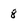
Character: 8